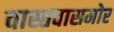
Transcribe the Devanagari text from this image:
वास्तवासमोर